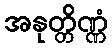
အနုတ္တိဏ္ဏံ